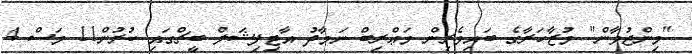
"މިންޖުވާން" މުޒާހަރާގެ ބައިވެރިން މަޢްރިބް ނަމާދު އާޓިފިޝަލް ބީޗްގައި ކުރުން11 މަސް 4